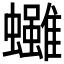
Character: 𧕘